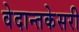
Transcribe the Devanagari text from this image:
वेदान्तकेसरी